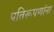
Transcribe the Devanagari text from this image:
प्रतिरूपणांना